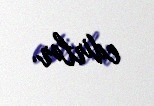
edirlər.